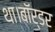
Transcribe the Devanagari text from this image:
था।बॉर्डर